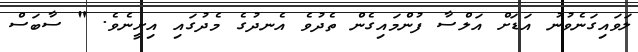
ލަވައިގަނެވުނު އަޑަށް އަލްސާ ފުންމައިގެން ތެދުވެ އެނދުގެ މެދުގައި އިށީނެވެ. " ސާބަސް